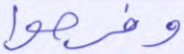
وفرحوا